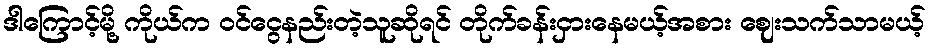
ဒါကြောင့်မို့ ကိုယ်က ၀င်ငွေနည်းတဲ့သူဆိုရင် တိုက်ခန်းငှားနေမယ့်အစား ဈေးသက်သာမယ့်